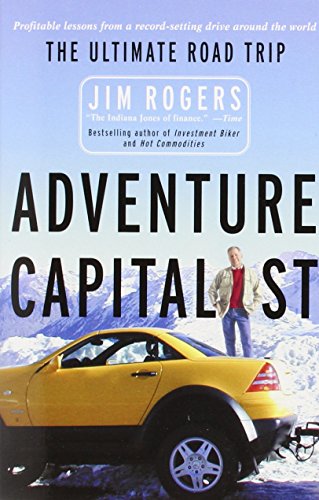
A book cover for Adventure Capitalist: The Ultimate Road Trip; Jim Rogers; Business & Money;